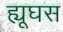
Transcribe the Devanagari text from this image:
ह्यूघस